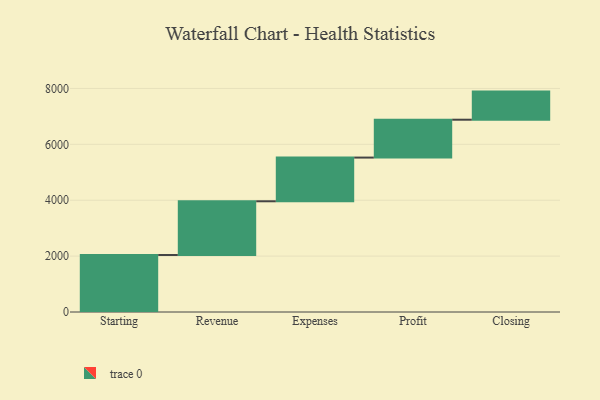
{"axis": {"x": "Step", "y": "Value"}, "legend": [""], "data": [{"x": "Starting", "y": 2040.0, "type": ""}, {"x": "Revenue", "y": 1922.0, "type": ""}, {"x": "Expenses", "y": 1564.0, "type": ""}, {"x": "Profit", "y": 1355.0, "type": ""}, {"x": "Closing", "y": 1006.0, "type": ""}]}